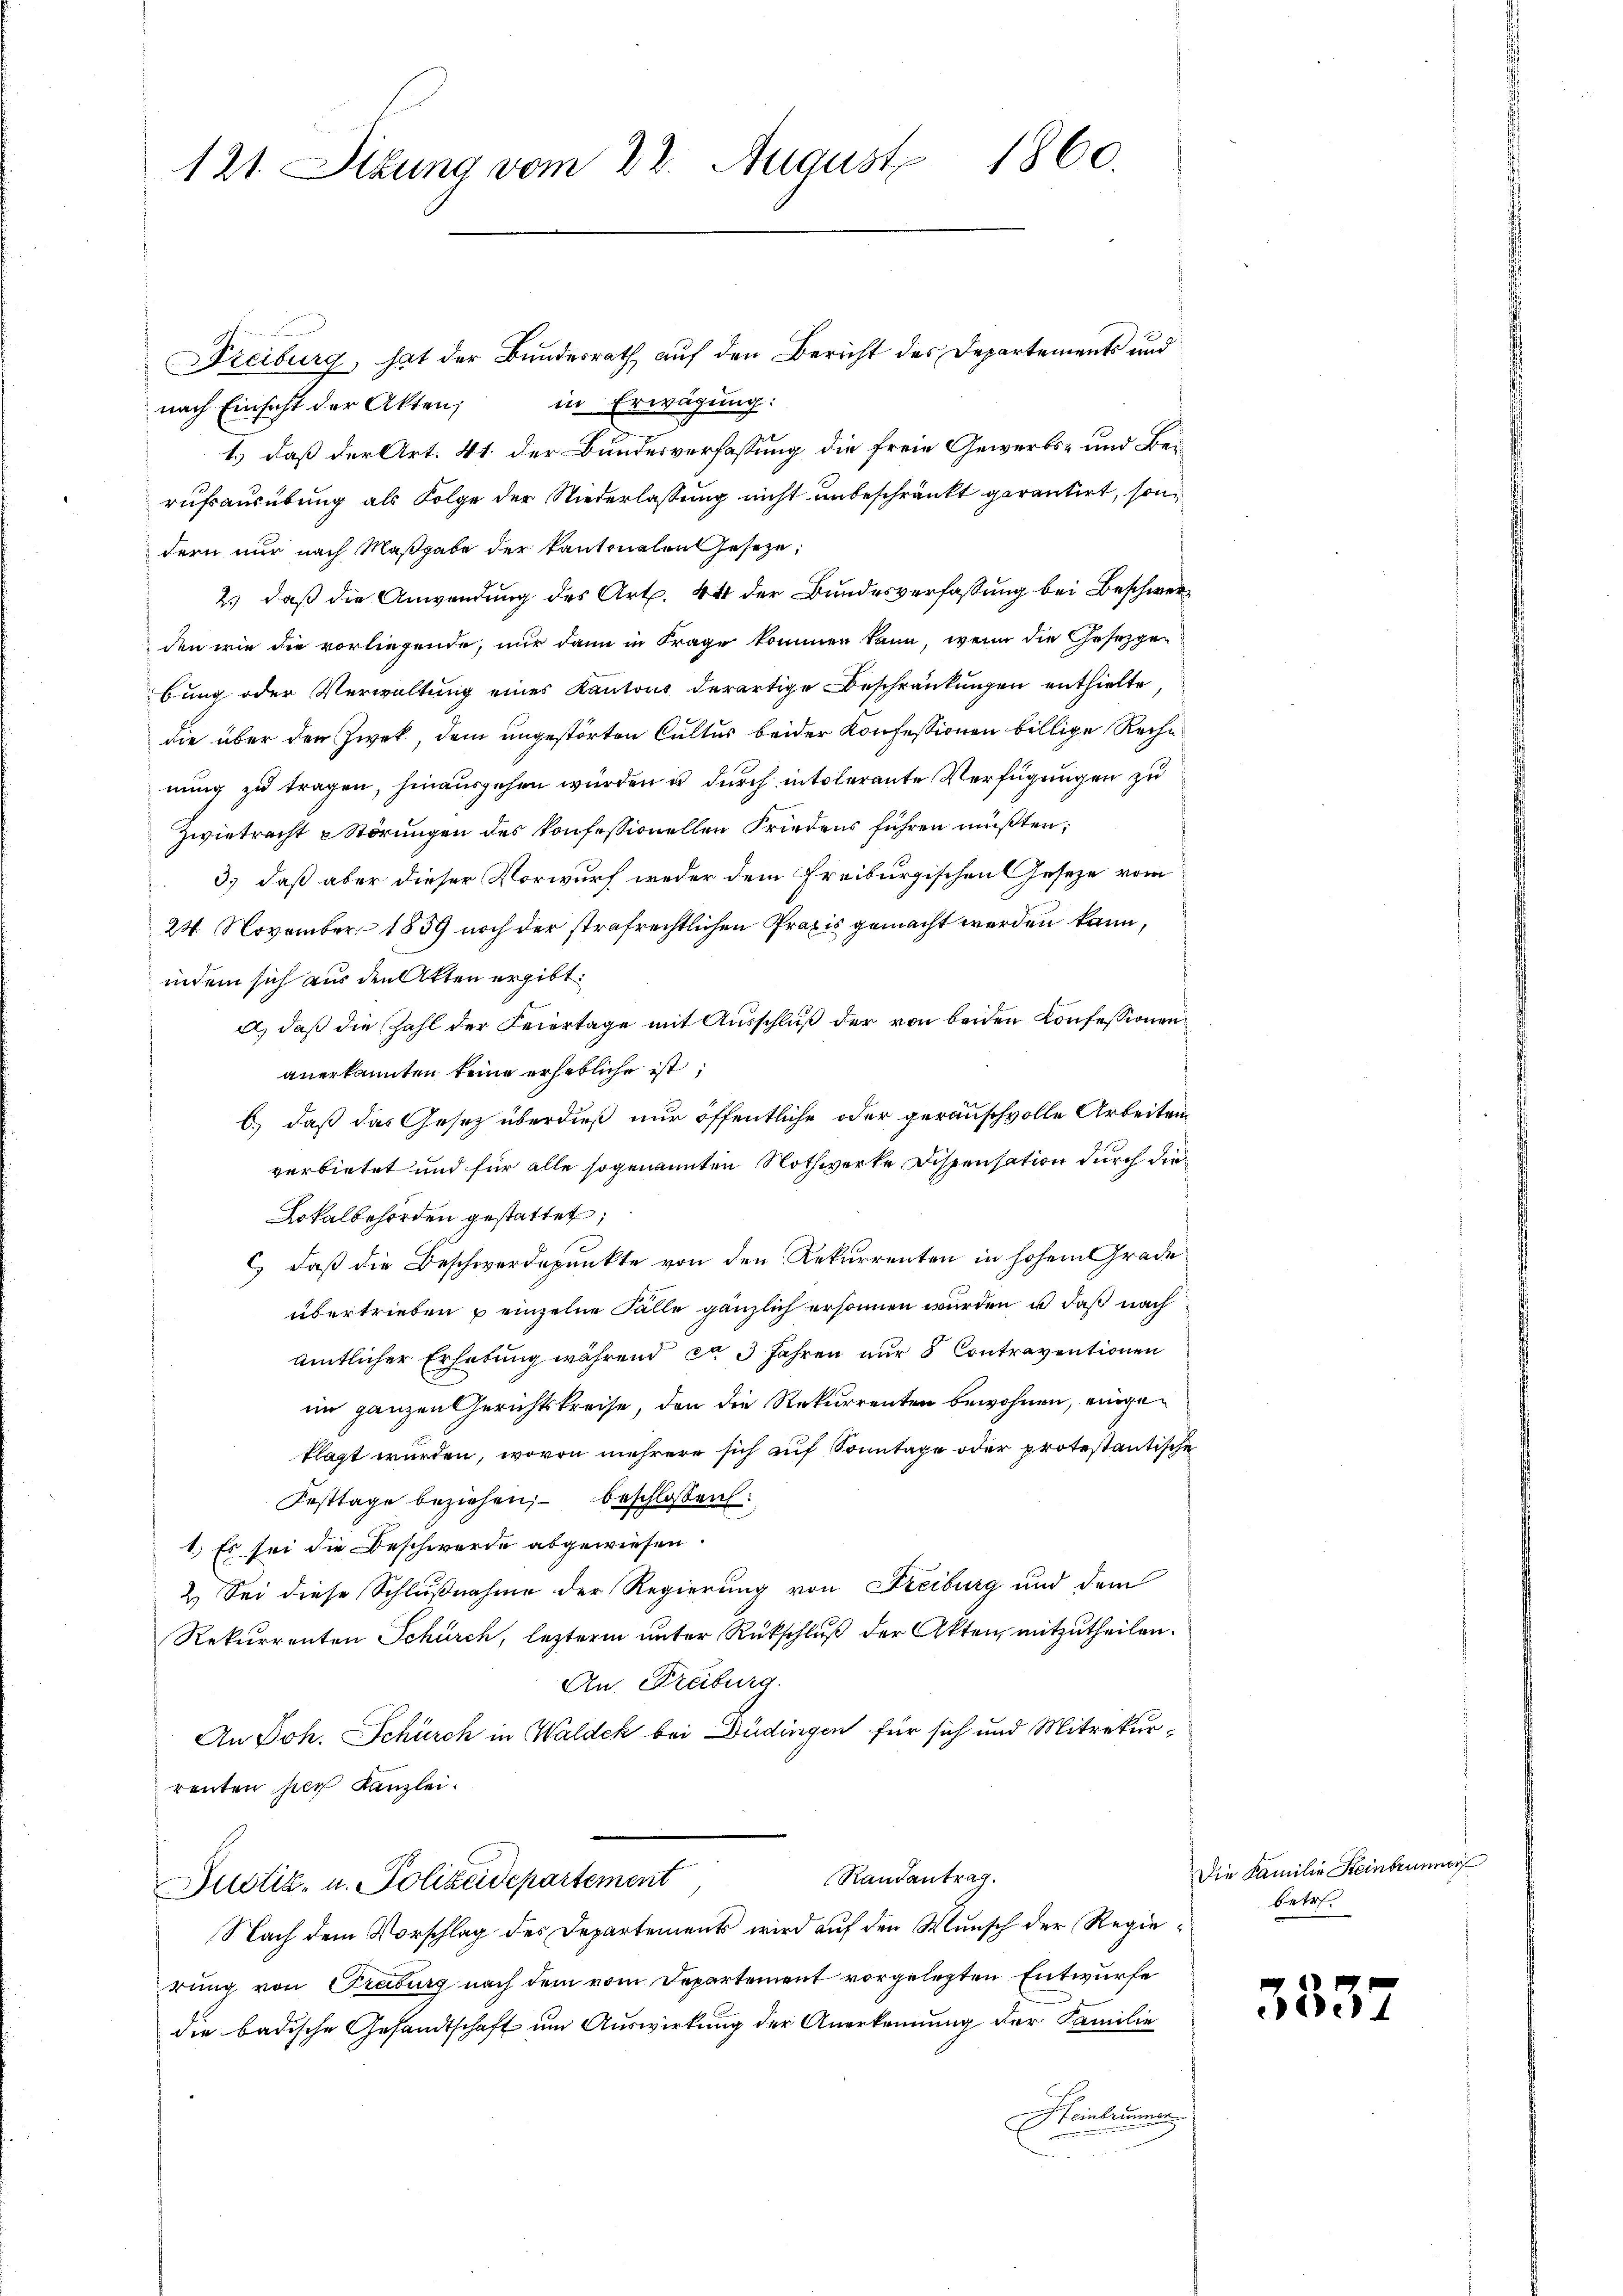
121. Situng vom 22. August 1860.

Freiburg, hat der Bundesrath auf den Bericht des Departements und
in Erwägung:
nach Einsicht der Akten;
1.) daß der Art. 41. der Bundesverfassung die freie Gewerbs- und Beirufsausübung als Folge der Niederlassung nicht unbeschränkt garantirt, sondern nur nach Maßgabe der kantonalen Geseze,
2.) daß die Anwendung des Art. 44 der Bundesverfaßung bei Beschwerden wie die vorliegende, nur dann in Frage kommen kann, wenn die Gesetzge-
bung oder Verwaltung eines Kantons derartige Beschränkungen enthielte,
die über den Zweck, dem ungestörten Cultus beider Konfessionen billige Reche
nung zu tragen, hinausgehen würden u durch intolerante Verfügungen zu
Zwietracht Störungen des konfessionellen Friedens führen müßten;
3.) daß aber dieser Vorwurf weder dem Freiburgischen Geseze vom
24. November 1859 noch der strafrechtlichen Praxis gemacht werden kann,
indem sich aus den Akten ergibt.
a, daß die Zahl der Feiertage mit Ausschluß der von beiden Konfessionen
anerkannten keine erhebliche ist,
6.) daß das Gesetz überdieß nur öffentliche oder gerauschvolle Arbeiten
verbietet und für alle sogenannten Nothwerke Dispensation durch die
Lokalbehörden gestattet,
) daß die Beschwerdepunkte von den Rekurrenten in hohem Grade
übertrieben u einzelne Falle gänzlich ersonnen wurden u. daß nach
amtlicher Erhebung während ca 3 Jahren nur 8 Contraventionen
im ganzen Gerichtskreise, den die Rekurrenten bewohnen, eingeklagt wurden, wovon mehrere sich auf Sonntage oder protestantische
Festtage beziehen, beschlossen:
1.) Es sei die Beschwerde abgewiesen.
2.) Sei diese Schlußnahme der Regierung von Freiburg und dem
Rekurrenten Schürch, lezterm unter Rückschluß der Akten, mitzutheilen.
An Freiburg.
An Joh. Schürch in Waldek bei Düdingen für sich und Mitrekurrenten sich Kanzlei.
Randantrag.
Justiz- u. Polizeidepartement
Nach dem Vorschlag des Departements wird auf den Wunsch der Regierung von Traburg nach dem vom Departement vorgelegten Entwurfe
die badische Gesandtschaft um Auswirkung der Anerkennung der Familie
HHeinbrunnen

Die Familie Steinbrunner
betr.

33.